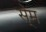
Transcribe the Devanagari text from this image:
से्म